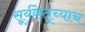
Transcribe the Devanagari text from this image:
सूर्यकेतूच्याच